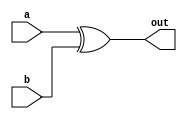
module xor_gate_delay (
  input wire a,
  input wire b,
  output reg out
);

reg xored;
reg delayed;

always @(a or b)
begin
  xored = a ^ b;
  #10 delayed = xored;
  out = delayed;
end

endmodule